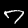
Digit: 7